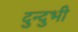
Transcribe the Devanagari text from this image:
दुन्‍दुभी